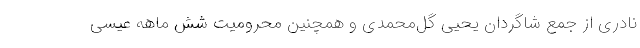
نادری از جمع شاگردان یحیی گل‌محمدی و همچنین محرومیت شش ماهه عیسی